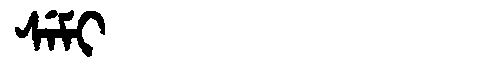
Manchu: ᠰᡝᠮᡳ
Romanization: SEMI